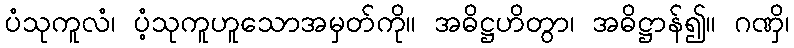
ပံသုကူလံ၊ ပံ့သုကူဟူသောအမှတ်ကို။ အဓိဋ္ဌဟိတွာ၊ အဓိဋ္ဌာန်၍။ ဂဏှိ၊